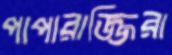
পাপারাজ্জিরা